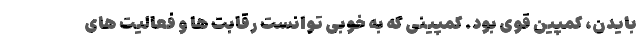
بایدن، کمپین قوی بود. کمپینی که به خوبی توانست رقابت ها و فعالیت های